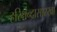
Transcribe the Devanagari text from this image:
हरिश्चंन्द्रासारखा